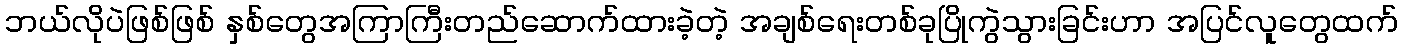
ဘယ်လိုပဲဖြစ်ဖြစ် နှစ်တွေအကြာကြီးတည်ဆောက်ထားခဲ့တဲ့ အချစ်ရေးတစ်ခုပြိုကွဲသွားခြင်းဟာ အပြင်လူတွေထက်